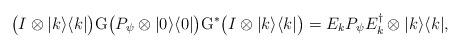
LaTeX: \begin{align*}\big(I\otimes |k\rangle\langle k|\big)\mathrm{G}\big(P_\psi\otimes|0\rangle\langle 0|\big)\mathrm{G}^\ast \big(I\otimes |k\rangle\langle k|\big)=E_kP_\psi E_k^\dag\otimes |k\rangle\langle k|,\end{align*}